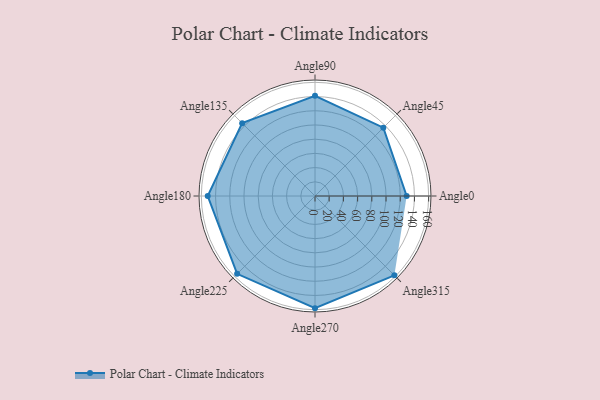
{"axis": {"x": "Angle", "y": "Radius"}, "legend": [""], "data": [{"x": "Angle0", "y": 129.0, "type": ""}, {"x": "Angle45", "y": 136.0, "type": ""}, {"x": "Angle90", "y": 141.0, "type": ""}, {"x": "Angle135", "y": 145.0, "type": ""}, {"x": "Angle180", "y": 151.0, "type": ""}, {"x": "Angle225", "y": 155.0, "type": ""}, {"x": "Angle270", "y": 158.0, "type": ""}, {"x": "Angle315", "y": 158.0, "type": ""}]}